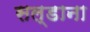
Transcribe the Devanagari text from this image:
सल्डाना